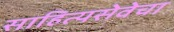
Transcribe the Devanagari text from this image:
साहित्यसेवेचा